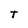
Character: T